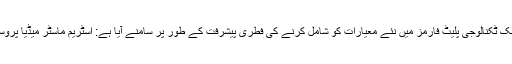
اس ترقی کو اپنے سافٹ ویئر سے منسلک ٹکنالوجی پلیٹ فارمز میں نئے معیارات کو شامل کرنے کی فطری پیشرفت کے طور پر سامنے آیا ہے: اسٹریم ماسٹر میڈیا پروسیسنگ اور گیلیم ورک فلو آرکیسٹریشن۔